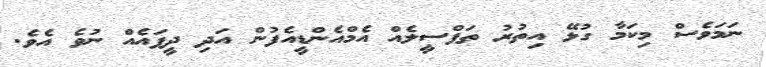
ނަމަވެސް މިކަމާ ގުޅޭ އިތުރު ތަފްސީލެއް އެމްއެންޑީއެފުން އަދި ދީފައެއް ނުވެ އެވެ.